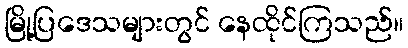
မြို့ပြဒေသများတွင် နေထိုင်ကြသည်။